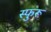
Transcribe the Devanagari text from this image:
स्फुरू